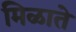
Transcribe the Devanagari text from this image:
मिळाते